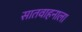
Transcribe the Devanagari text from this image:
सातवाहनाला